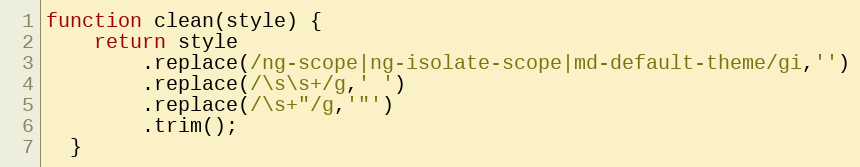
Language: JavaScript
function clean(style) {
    return style
        .replace(/ng-scope|ng-isolate-scope|md-default-theme/gi,'')
        .replace(/\s\s+/g,' ')
        .replace(/\s+"/g,'"')
        .trim();
  }